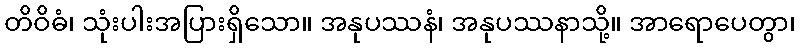
တိဝိဓံ၊ သုံးပါးအပြားရှိသော။ အနုပဿနံ၊ အနုပဿနာသို့။ အာရောပေတွာ၊